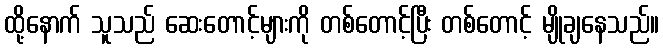
ထို့နောက် သူသည် ဆေးတောင့်များကို တစ်တောင့်ပြီး တစ်တောင့် မျိုချနေသည်။